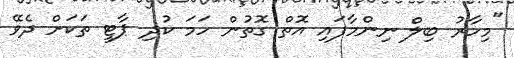
"މިހާރު ބިލް ނިންމާފައި އޮތް ގޮތުން ހަމަ ކުދި ޕާޓީ ތަކަށް ދެވޭ